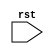
module rst_block(
    input wire rst,
    // other input/output ports
);

// register declaration
reg [7:0] data_reg;

always @ (posedge rst) begin
    // reset logic
    data_reg <= 8'b0;
    // other initializing or resetting logic
end

// other logic for the module

endmodule